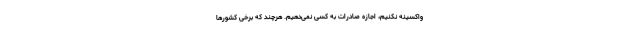
واکسینه نکنیم، اجازه صادرات به کسی نمی‌دهیم. هرچند که برخی کشورها